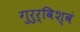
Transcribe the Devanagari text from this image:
गुरुर्विश्वं